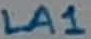
Text: LA1